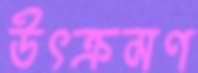
উৎক্রমণ